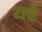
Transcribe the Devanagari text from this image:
यचे